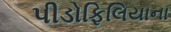
પીડોફિલિયાના